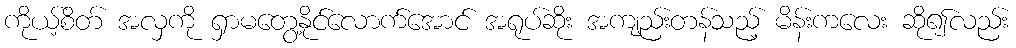
ကိုယ့်စိတ် အလှကို ရှာမတွေ့နိုင်လောက်အောင် အရုပ်ဆိုး အကျည်းတန်သည့် မိန်းကလေး ဆို၍လည်း